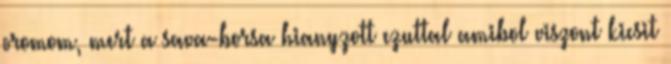
oromom, mert a sava-borsa hianyzott ezuttal amibol viszont kicsit